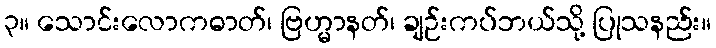
၃။ သောင်းလောကဓာတ်၊ ဗြဟ္မာနတ်၊ ချဉ်းကပ်ဘယ်သို့ ပြုသနည်း။